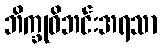
ဘိက္ခုဝိဘင်းအရသာ